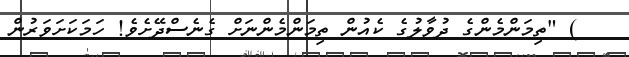
) "ތިމަންމެންގެ ދުވާލުގެ ކެއުން ތިމަންމެންނަށް ގެނެސްދޭށެވެ! ހަމަކަށަވަރުން